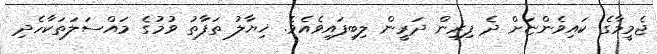
ޖެމީމާގެ ކައިވެންޏަށް ދެ ފިރިން ދަރީން ލިބިފައިވެއެވެ. ޚިޔާލު ތަފާތު ވުމުގެ މައްސަލަތަކާހެދި